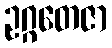
ဥဂ္ဂတေဇာ